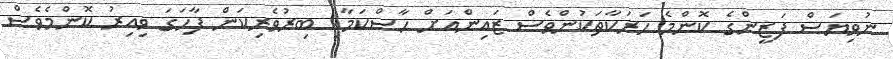
ނުވިޔަސް ފަޒީންގެ ކޮންމެ ހަރަކާތަކުންވެސް ޒައިންއަށް ހާސްކަމާއި ބިރުވެރިކަން ފާހަގަ ވިއިރު ކޮންމެވެސް